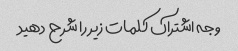
وجه اشتراک کلمات زیر را شرح دهید